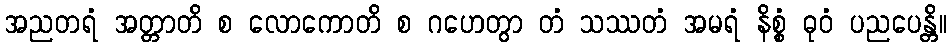
အညတရံ အတ္တာတိ စ လောကောတိ စ ဂဟေတွာ တံ သဿတံ အမရံ နိစ္စံ ဓုဝံ ပညပေန္တိ။